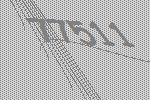
77511